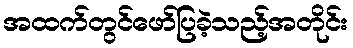
အထက်တွင်ဖော်ပြခဲ့သည့်အတိုင်း